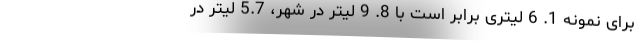
برای نمونه 1. 6 لیتری برابر است با 8. 9 لیتر در شهر، 5.7 لیتر در